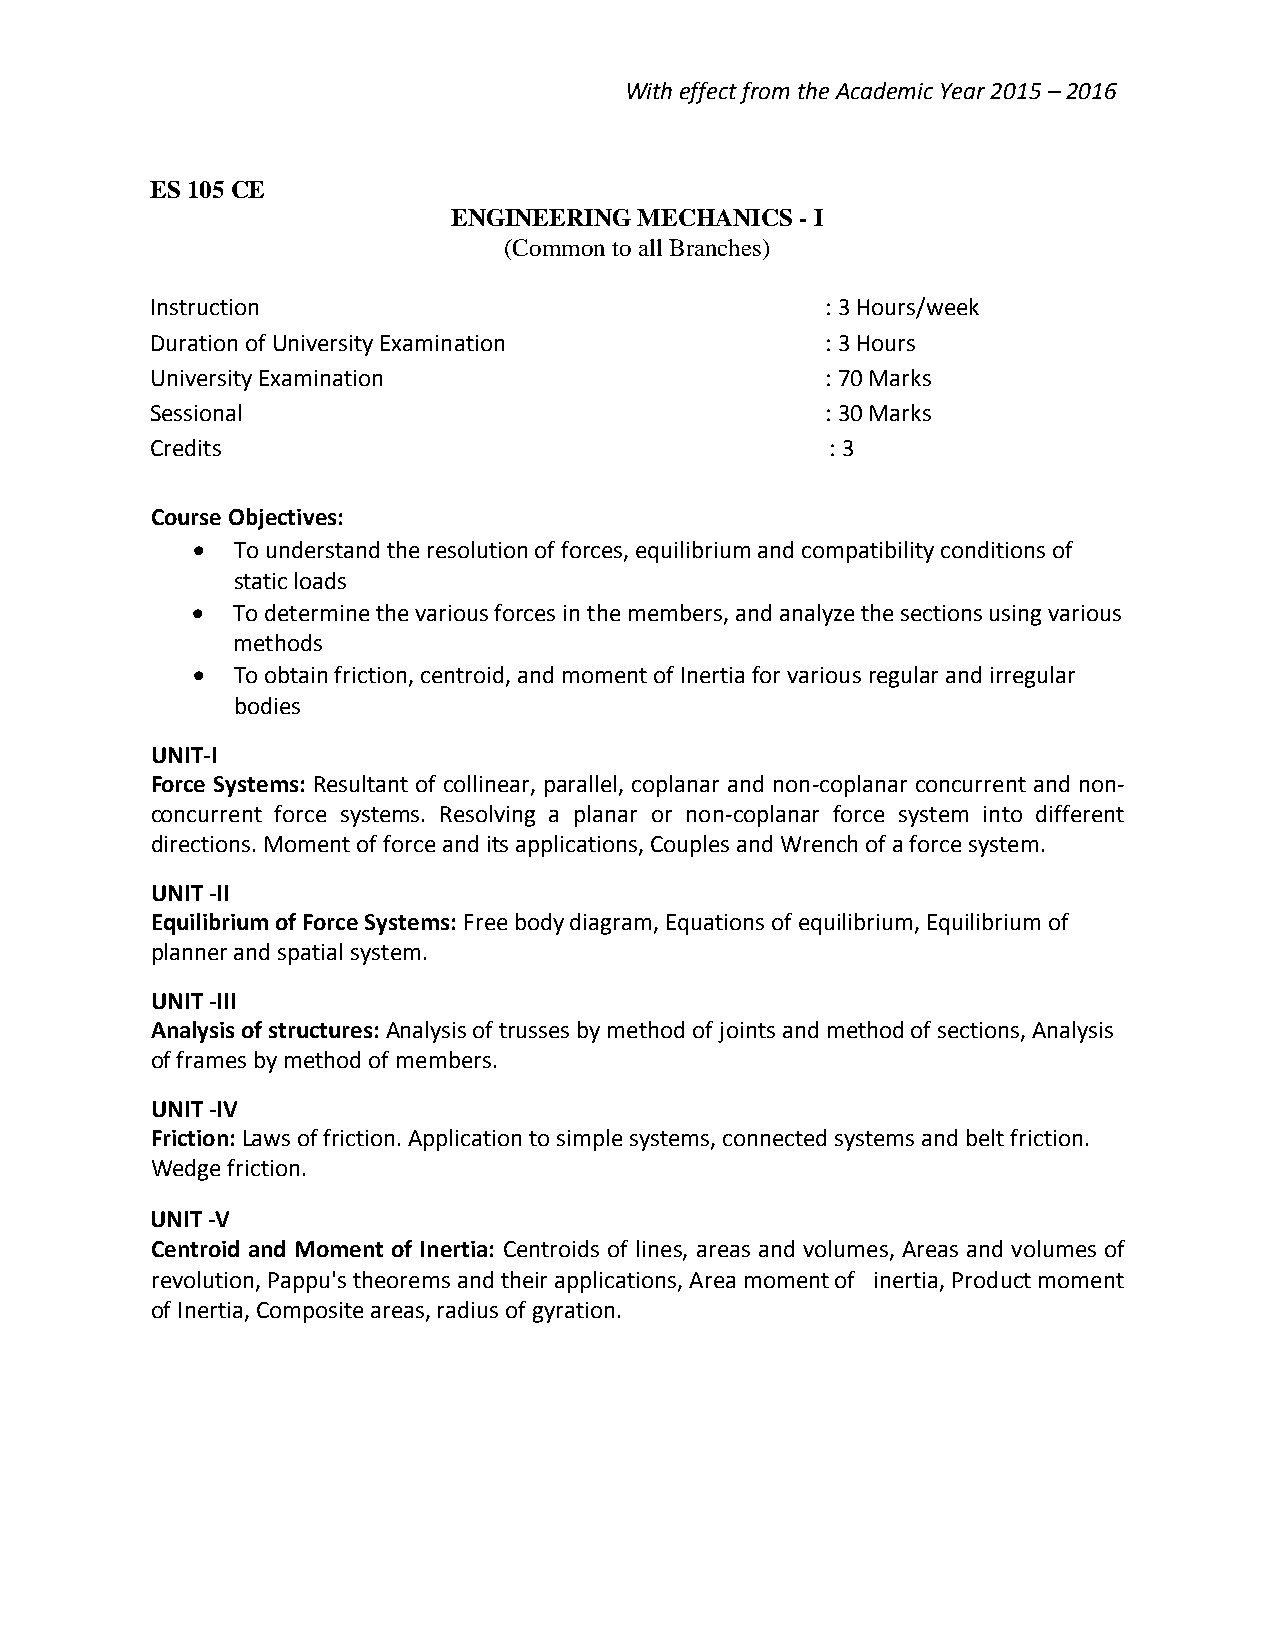
With effect from the Academic Year 2015 – 2016
 ES 105 CE
 ENGINEERING MECHANICS  - I
 (Common to all Branches)
 Instruction                                  : 3 Hours/week
 Duration of University Examination           : 3 Hours
 University Examination                       : 70 Marks
 Sessional                                    : 30 Marks
 Credits                                      : 3
 Course Objectives:
  To understand the resolution of forces, equilibrium and compatibility conditions of
 static loads
  To determine the various forces in the members, and analyze the sections using various
 methods
  To obtain friction, centroid, and moment of Inertia for various regular and irregular
 bodies
 UNIT-I
 Force Systems: Resultant of collinear, parallel, coplanar and non-coplanar concurrent and non-
 concurrent force systems. Resolving a planar or non-coplanar force system into different
 directions. Moment of force and its applications, Couples and Wrench of a force system.
 UNIT -II
 Equilibrium of Force Systems: Free body diagram, Equations of equilibrium, Equilibrium of
 planner and spatial system.
 UNIT -III
 Analysis of structures: Analysis of trusses by method of joints and method of sections, Analysis
 of frames by method of members.
 UNIT -IV
 Friction: Laws of friction. Application to simple systems, connected systems and belt friction.
 Wedge friction.
 UNIT -V
 Centroid and Moment of Inertia: Centroids of lines, areas and volumes, Areas and volumes of
 revolution, Pappu's theorems and their applications, Area moment of inertia, Product moment
 of Inertia, Composite areas, radius of gyration.